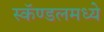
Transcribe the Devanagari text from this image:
स्कॅण्डलमध्ये